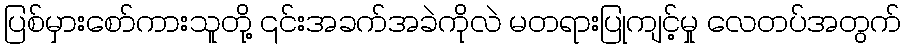
ပြစ်မှားစော်ကားသူတို့ ၎င်းအခက်အခဲကိုလဲ မတရားပြုကျင့်မှု လေတပ်အတွက်